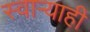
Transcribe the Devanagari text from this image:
स्वाऱ्याही